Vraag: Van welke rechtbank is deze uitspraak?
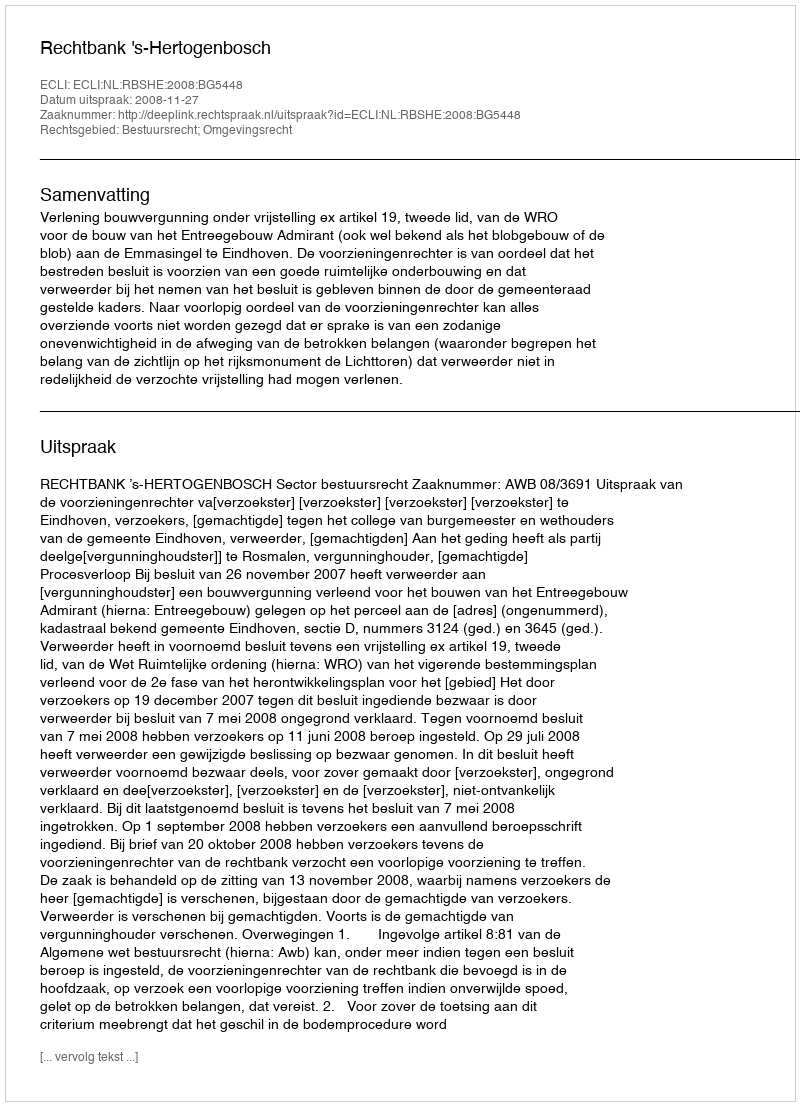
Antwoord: Rechtbank 's-Hertogenbosch